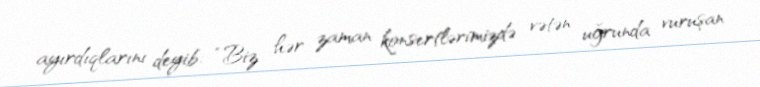
ayırdıqlarını deyib: “Biz hər zaman konsertlərimizdə vətən uğrunda vuruşan